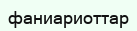
фаниариоттар